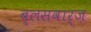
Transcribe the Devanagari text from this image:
ब्लसवार्ज़